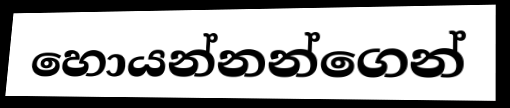
හොයන්නන්ගෙන්